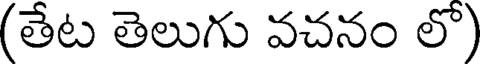
(తేట తెలుగు వచనం లొ)